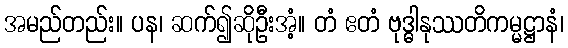
အမည်တည်း။ ပန၊ ဆက်၍ဆိုဦးအံ့။ တံ ဧတံ ဗုဒ္ဓါနုဿတိကမ္မဋ္ဌာနံ၊